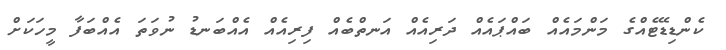
ކެންޑިޑޭޓެއްގެ މަންމައެއް ބައްޕައެއް ދަރިއެއް އަނތްބެއް ފިރިއެއް އެއްބަނޑު ނުވަތަ އެއްބަފާ މީހަކަށް